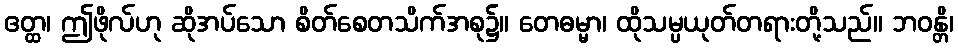
ဧတ္ထ၊ ဤဖိုလ်ဟု ဆိုအပ်သော စိတ်စေတသိက်အစု၌။ တေဓမ္မာ၊ ထိုသမ္ပယုတ်တရားတို့သည်။ ဘဝန္တိ၊